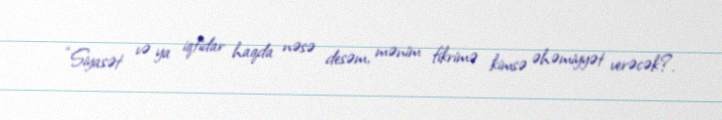
“Siyasət və ya iqtidar haqda nəsə desəm, mənim fikrimə kimsə əhəmiyyət verəcək?.